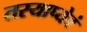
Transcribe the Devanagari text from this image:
तस्याप्येवं